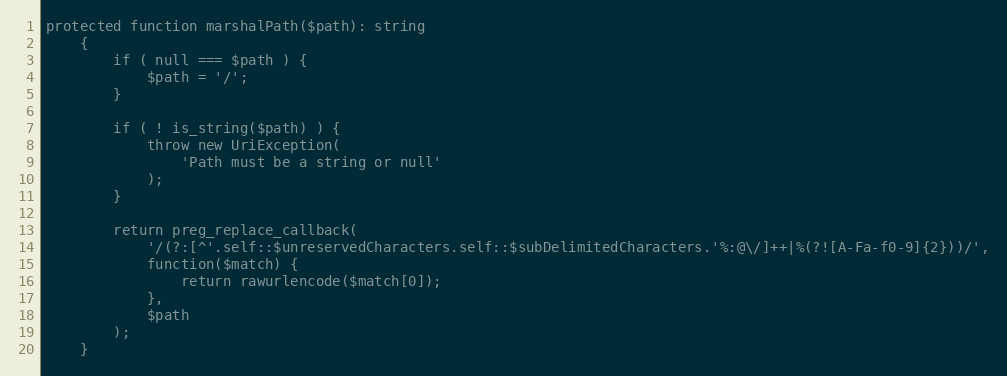
Language: PHP
protected function marshalPath($path): string
    {
        if ( null === $path ) {
            $path = '/';
        }

        if ( ! is_string($path) ) {
            throw new UriException(
                'Path must be a string or null'
            );
        }

        return preg_replace_callback(
            '/(?:[^'.self::$unreservedCharacters.self::$subDelimitedCharacters.'%:@\/]++|%(?![A-Fa-f0-9]{2}))/',
            function($match) {
                return rawurlencode($match[0]);
            },
            $path
        );
    }